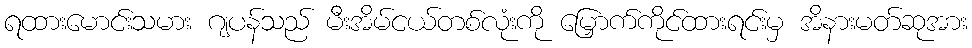
ရထားမောင်းသမား ဂျပန်သည် မီးအိမ်ငယ်တစ်လုံးကို မြှောက်ကိုင်ထားရင်းမှ အိနားမတ်ဆုအား